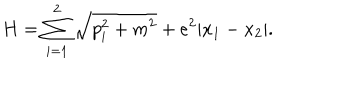
LaTeX: H = \sum _ { i = 1 } ^ { 2 } \sqrt { p _ { i } ^ { 2 } + m ^ { 2 } } + e ^ { 2 } | x _ { 1 } - x _ { 2 } | .